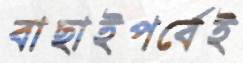
বাছাইপর্বেই